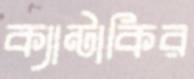
ক্যান্টাকির